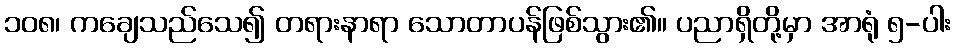
၁၀၈၊ ကချေသည်သေ၍ တရားနာရာ သောတာပန်ဖြစ်သွား၏။ ပညာရှိတို့မှာ အာရုံ ၅-ပါး